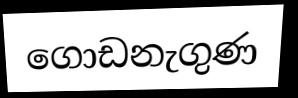
ගොඩනැගුණ